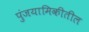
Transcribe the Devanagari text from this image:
पुंजयामिकीतील